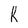
Character: R